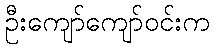
ဦးကျော်ကျော်ဝင်းက